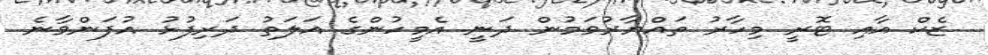
ޒެކް އާއި ޓޮރީ މިހާރު ތައްޔާރުވަމުން ދަނީ އެމީހުންގެ އަލަތު ދަރިފުޅު އުފަންވާނެ